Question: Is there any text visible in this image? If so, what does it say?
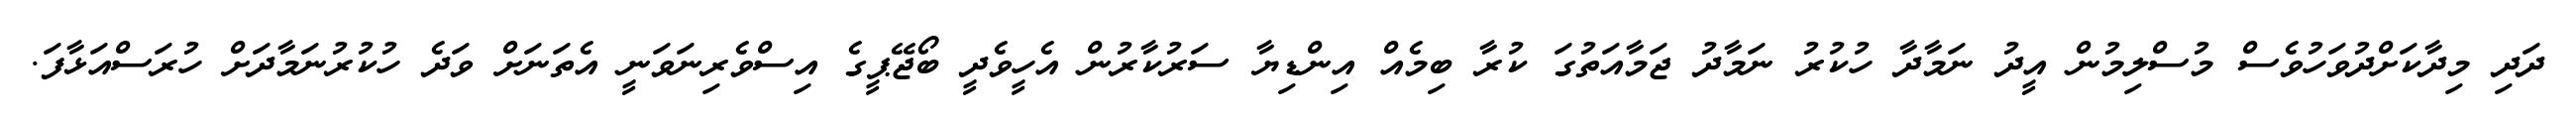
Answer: ދަދި މިދާކަށްދުވަހުވެސް މުސްލިމުން އީދު ނަމާދާ ހުކުރު ނަމާދު ޖަމާއަތުގަ ކުރާ ބިމެއް އިންޑިޔާ ސަރުކާރުން އެހީވެދީ ބޯޖޭޕީގެ އިސްވެރިނަވަނީ އެތަނަށް ވަދެ ހުކުރުނަމާދަށް ހުރަސްއަޅާފަ.